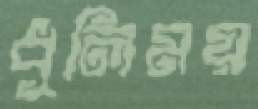
ধূলিময়